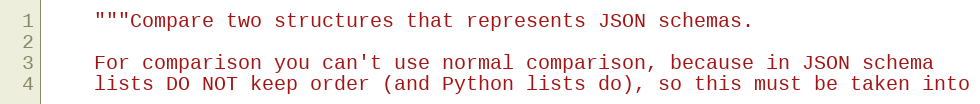
Language: Python
    """Compare two structures that represents JSON schemas.

    For comparison you can't use normal comparison, because in JSON schema
    lists DO NOT keep order (and Python lists do), so this must be taken into